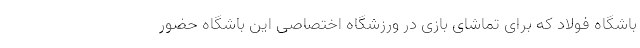
باشگاه فولاد که برای تماشای بازی در ورزشگاه اختصاصی این باشگاه حضور